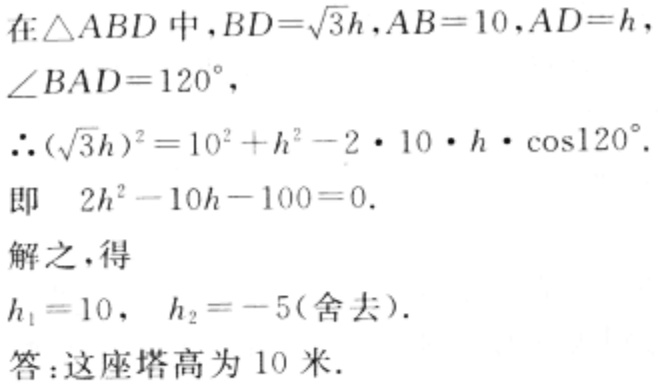
在$\triangle ABD$中，$BD = \sqrt{3}h$，$AB = 10$，$AD = h$，
$\angle BAD = 120^{\circ}$，
$\therefore (\sqrt{3}h)^{2}=10^{2}+h^{2}-2\cdot10\cdot h\cdot\cos120^{\circ}$.
即 $2h^{2}-10h - 100 = 0$.
解之，得
$h_{1}=10$，$h_{2}=-5$(舍去).
答：这座塔高为$10$米.